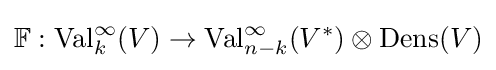
\mathbb {F} :\operatorname {Val} _{k}^{\infty }(V)\to \operatorname {Val} _{n-k}^{\infty }(V^{*})\otimes \operatorname {Dens} (V)